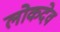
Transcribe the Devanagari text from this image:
लोकदेव